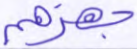
جهزهم